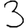
Digit: 3